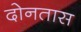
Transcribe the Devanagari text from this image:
दोनतास